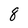
Character: 8